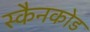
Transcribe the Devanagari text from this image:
स्कैनकोड